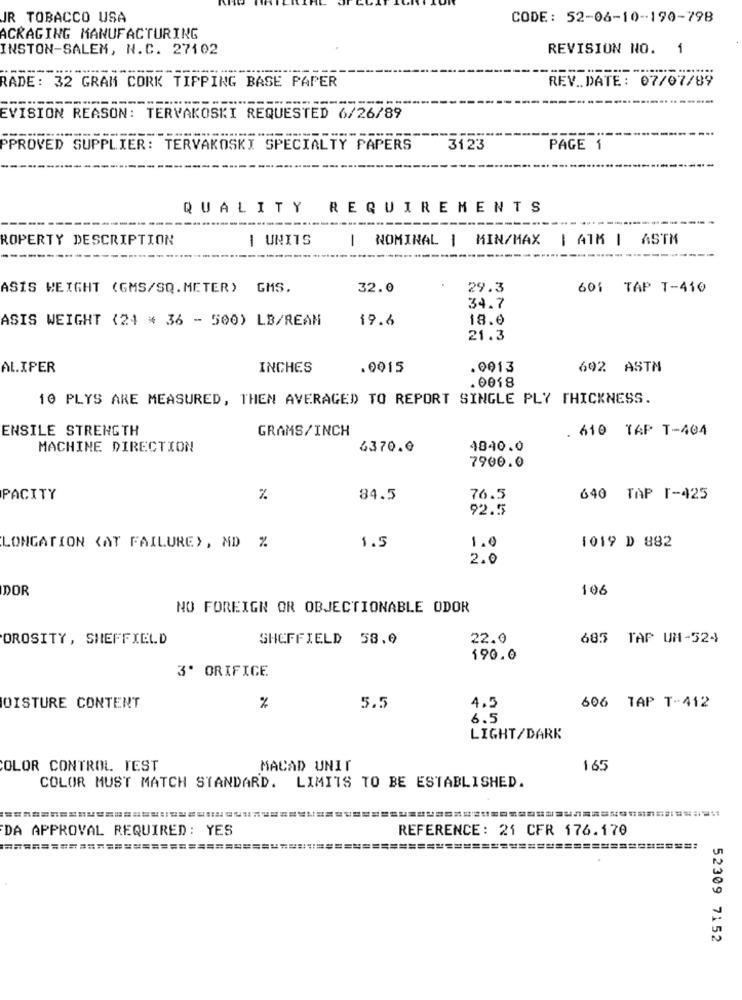
JR TOBACCO USA
CODE: 52-06-10-190-798
ACKAGING MANUFACTURING
INSTON-SALEM, N.C. 27102
REVISION NO. 1
RADE: 32 GRAM CORK TIPPING BASE PAPER
REV .. DATE: 07/07/89
EVISION REASON: TERVAKOSKI REQUESTED 6/26/89
PPROVED SUPPLIER: TERVAKOSKI SPECIALTY PAPERS
3123
PAGE 1
QUALITY REQUIREMENTS
ROPERTY DESCRIPTION
I UNITS
NOMINAL | MIN/MAX | ATK | ASTM
1
ASIS WEIGHT (GMS/SQ. METER) GMS.
32.0
29.3
601 TAP T-410
34.7
ASIS WEIGHT (24 * 36 - 500) LB/REAN
19.6
18.6
21.3
AL.IPER
INCHES
.0015
.0013
692 ASTM
.0018
10 PLYS ARE MEASURED, THEN AVERAGED TO REPORT SINGLE PLY THICKNESS.
ENSILE STRENGTH
GRAMS/INCH
. 610 TAP T-404
MACHINE DIRECTION
6370.0
4840.0
7900.0
PACITY
%
84.5
76.5
640 TAP T-425
92.5
LONGATION <AT FAILURE>, MD %
1.5
1.0
1019 D 882
2.0
DOR
106
NO FOREIGN OR OBJECTIONABLE ODOR
OROSITY, SHEFFIELD
SHEFFIELD 58.0
22.0
685 TAP UH-524
190.0
3º ORIFICE
4.5
OISTURE CONTENT
%
5.5
606 TAP T-412
6.5
LIGHT/DARK
COLOR CONTROL TEST
MACAD UNIT
165
COLOR MUST MATCH STANDARD. LIMITS TO BE ESTABLISHED.
DA APPROVAL REQUIRED: YES
REFERENCE: 21 CFR 176.170
===========================
52309 7152